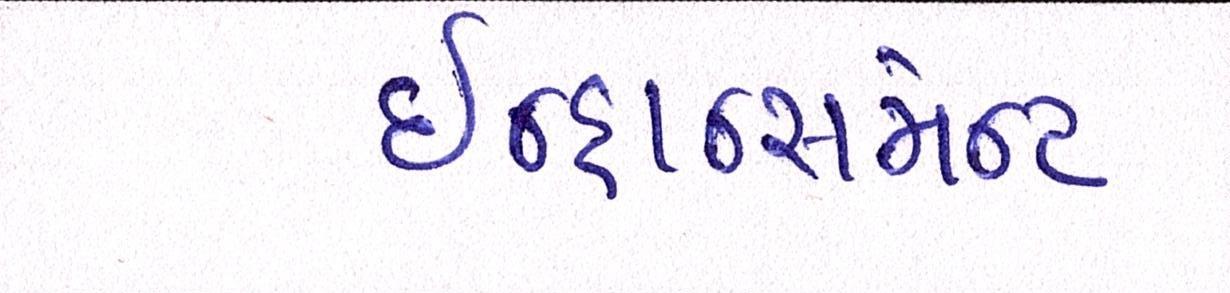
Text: ઇન્હાન્સમન્ટ